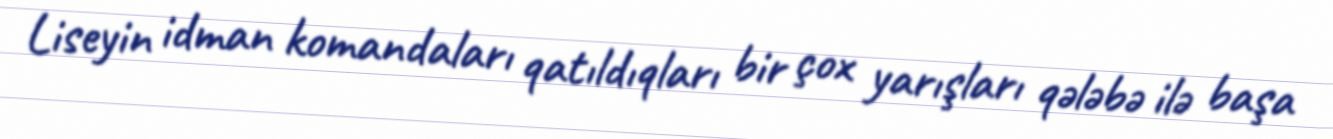
Liseyin idman komandaları qatıldıqları bir çox yarışları qələbə ilə başa